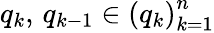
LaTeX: q_{k},\, q_{k-1}\in\left(q_{k}\right)_{k=1}^{n}